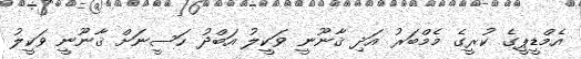
އެމްޑީޕީގެ ކުރީގެ މެމްބަރު އަދި ޤާނޫނީ ވަކީލު އަބްދު ހަސީނަށް ޤާނޫނީ ވަކީލު